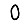
Digit: 0